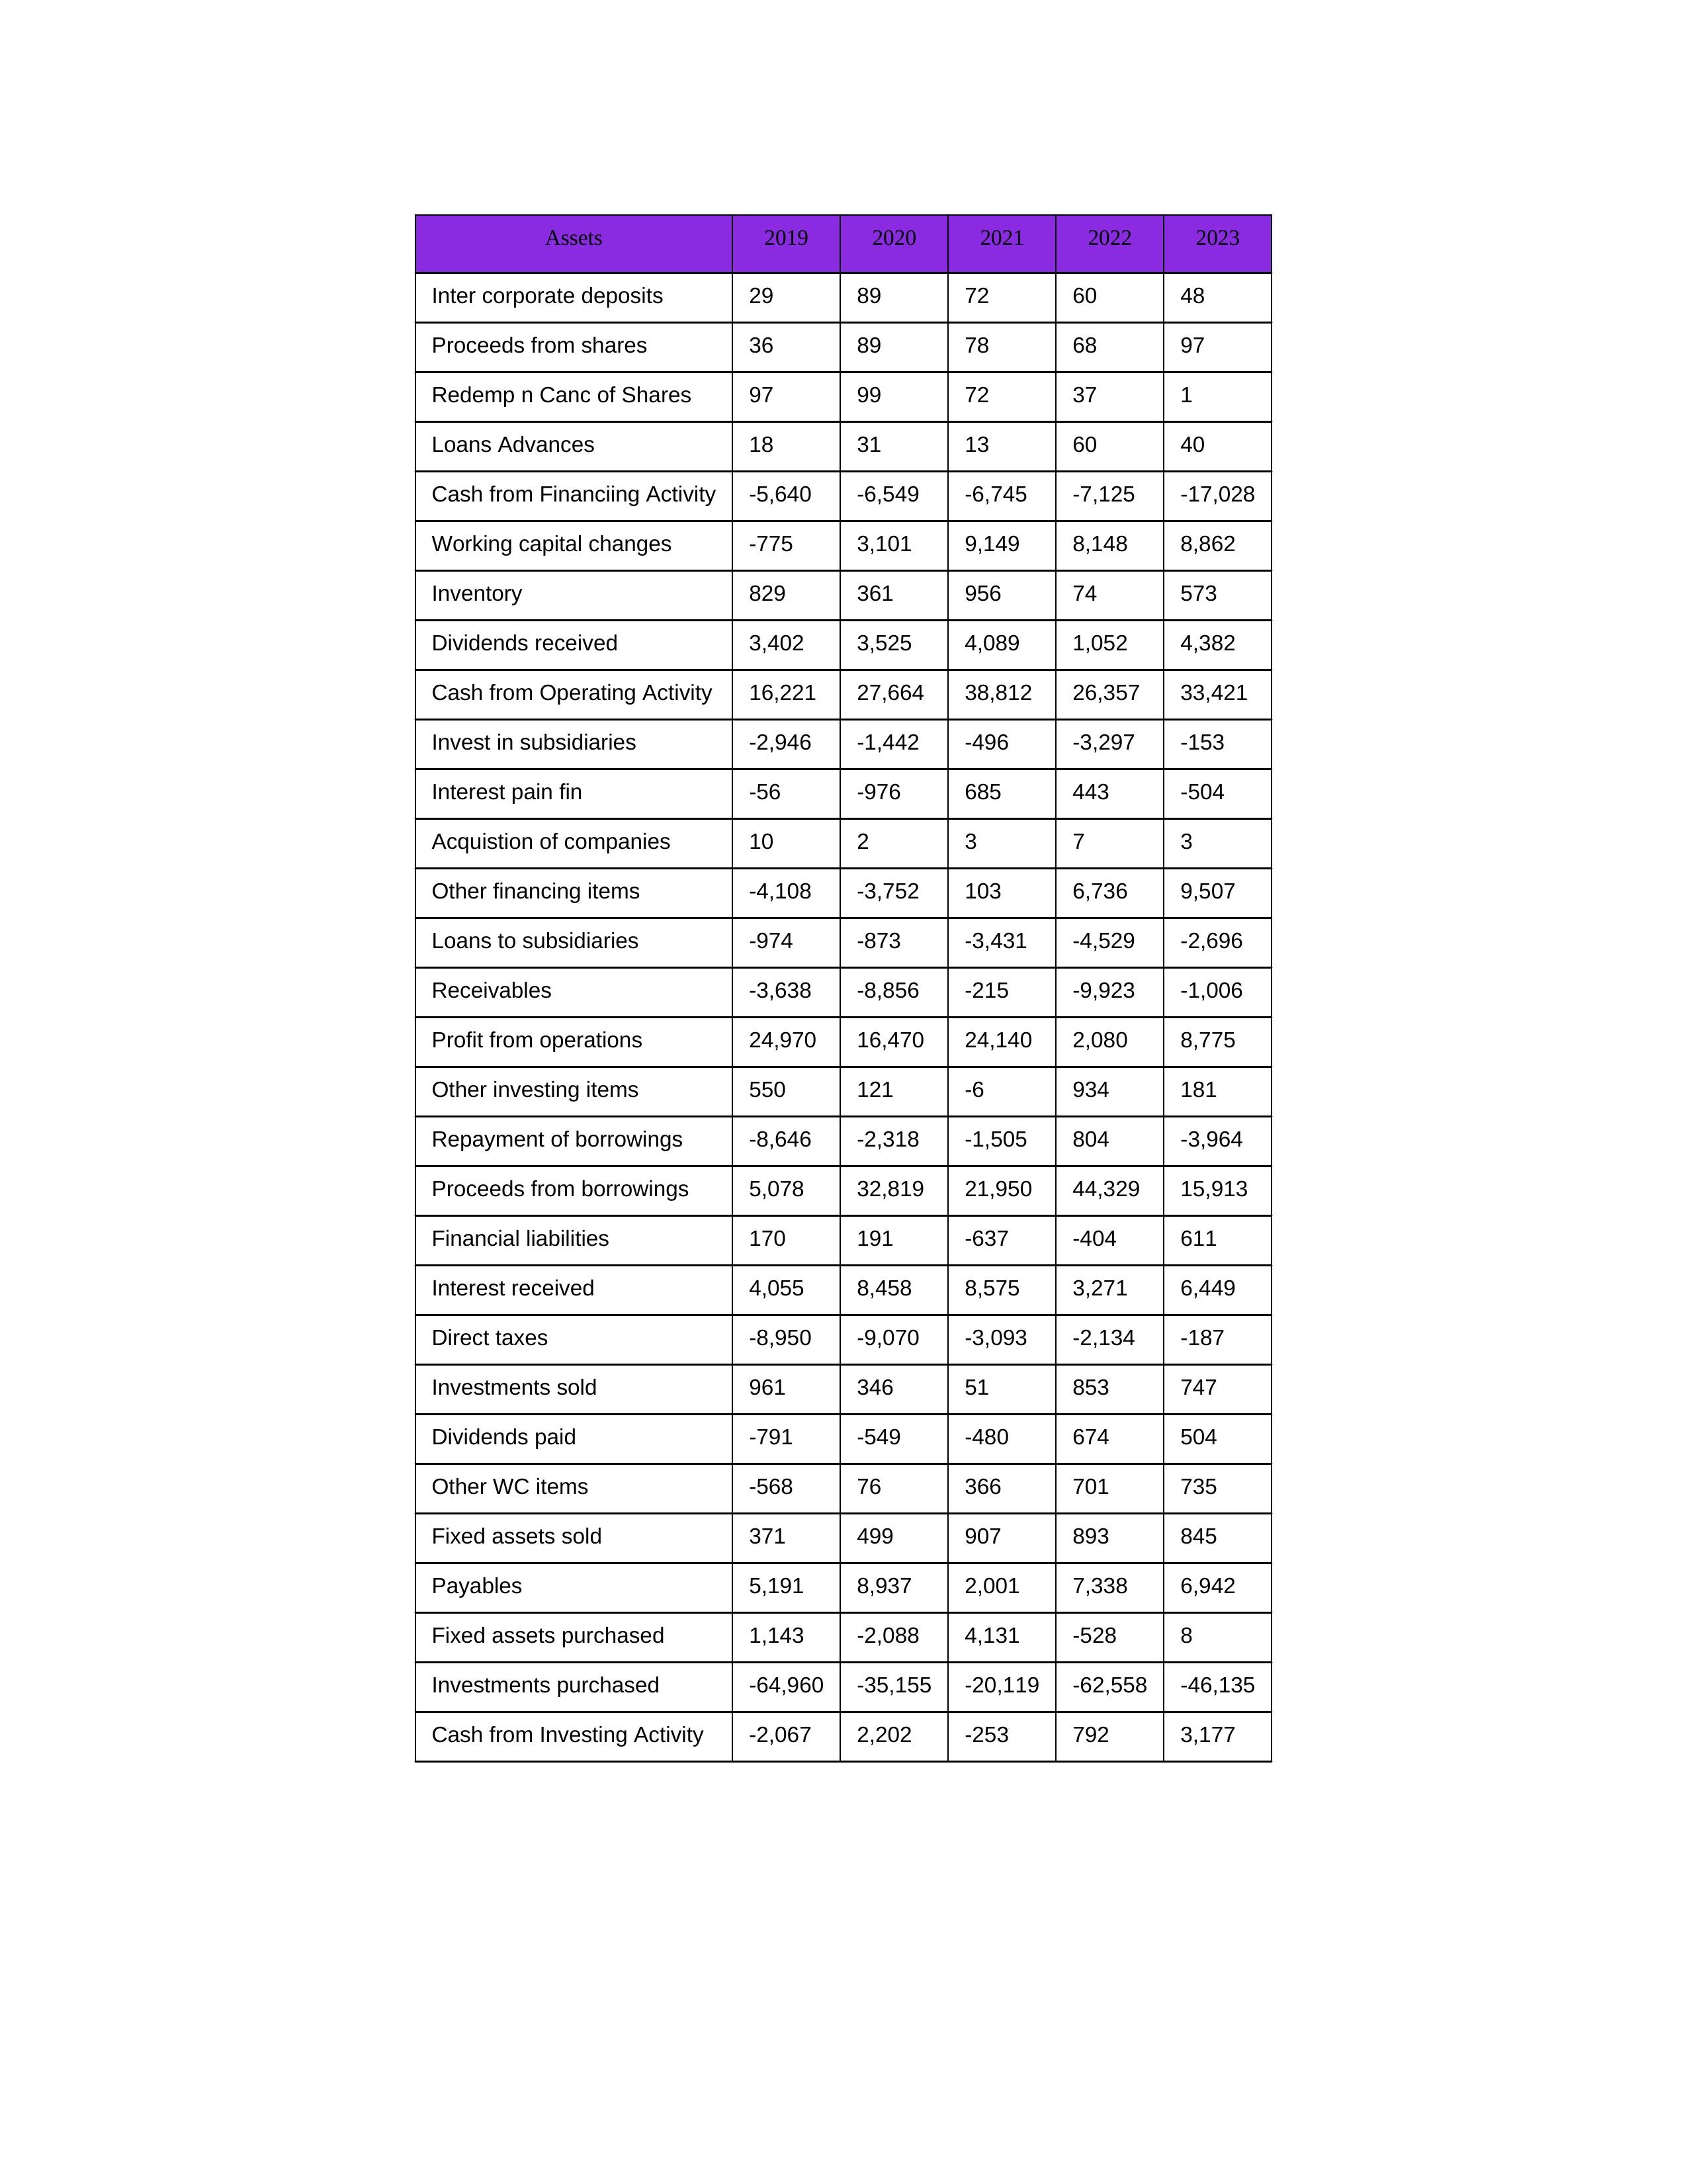
gt_parse: 2019: Cash from Operating Activity: 16,221
Profit from operations: 24,970
Receivables: -3,638
Inventory: 829
Payables: 5,191
Loans Advances: 18
Other WC items: -568
Working capital changes: -775
Direct taxes: -8,950
Cash from Investing Activity: -2,067
Fixed assets purchased: 1,143
Fixed assets sold: 371
Investments purchased: -64,960
Investments sold: 961
Interest received: 4,055
Dividends received: 3,402
Invest in subsidiaries: -2,946
Loans to subsidiaries: -974
Redemp n Canc of Shares: 97
Acquistion of companies: 10
Inter corporate deposits: 29
Other investing items: 550
Cash from Financiing Activity: -5,640
Proceeds from shares: 36
Proceeds from borrowings: 5,078
Repayment of borrowings: -8,646
Interest pain fin: -56
Dividends paid: -791
Financial liabilities: 170
Other financing items: -4,108
2020: Cash from Operating Activity: 27,664
Profit from operations: 16,470
Receivables: -8,856
Inventory: 361
Payables: 8,937
Loans Advances: 31
Other WC items: 76
Working capital changes: 3,101
Direct taxes: -9,070
Cash from Investing Activity: 2,202
Fixed assets purchased: -2,088
Fixed assets sold: 499
Investments purchased: -35,155
Investments sold: 346
Interest received: 8,458
Dividends received: 3,525
Invest in subsidiaries: -1,442
Loans to subsidiaries: -873
Redemp n Canc of Shares: 99
Acquistion of companies: 2
Inter corporate deposits: 89
Other investing items: 121
Cash from Financiing Activity: -6,549
Proceeds from shares: 89
Proceeds from borrowings: 32,819
Repayment of borrowings: -2,318
Interest pain fin: -976
Dividends paid: -549
Financial liabilities: 191
Other financing items: -3,752
2021: Cash from Operating Activity: 38,812
Profit from operations: 24,140
Receivables: -215
Inventory: 956
Payables: 2,001
Loans Advances: 13
Other WC items: 366
Working capital changes: 9,149
Direct taxes: -3,093
Cash from Investing Activity: -253
Fixed assets purchased: 4,131
Fixed assets sold: 907
Investments purchased: -20,119
Investments sold: 51
Interest received: 8,575
Dividends received: 4,089
Invest in subsidiaries: -496
Loans to subsidiaries: -3,431
Redemp n Canc of Shares: 72
Acquistion of companies: 3
Inter corporate deposits: 72
Other investing items: -6
Cash from Financiing Activity: -6,745
Proceeds from shares: 78
Proceeds from borrowings: 21,950
Repayment of borrowings: -1,505
Interest pain fin: 685
Dividends paid: -480
Financial liabilities: -637
Other financing items: 103
2022: Cash from Operating Activity: 26,357
Profit from operations: 2,080
Receivables: -9,923
Inventory: 74
Payables: 7,338
Loans Advances: 60
Other WC items: 701
Working capital changes: 8,148
Direct taxes: -2,134
Cash from Investing Activity: 792
Fixed assets purchased: -528
Fixed assets sold: 893
Investments purchased: -62,558
Investments sold: 853
Interest received: 3,271
Dividends received: 1,052
Invest in subsidiaries: -3,297
Loans to subsidiaries: -4,529
Redemp n Canc of Shares: 37
Acquistion of companies: 7
Inter corporate deposits: 60
Other investing items: 934
Cash from Financiing Activity: -7,125
Proceeds from shares: 68
Proceeds from borrowings: 44,329
Repayment of borrowings: 804
Interest pain fin: 443
Dividends paid: 674
Financial liabilities: -404
Other financing items: 6,736
2023: Cash from Operating Activity: 33,421
Profit from operations: 8,775
Receivables: -1,006
Inventory: 573
Payables: 6,942
Loans Advances: 40
Other WC items: 735
Working capital changes: 8,862
Direct taxes: -187
Cash from Investing Activity: 3,177
Fixed assets purchased: 8
Fixed assets sold: 845
Investments purchased: -46,135
Investments sold: 747
Interest received: 6,449
Dividends received: 4,382
Invest in subsidiaries: -153
Loans to subsidiaries: -2,696
Redemp n Canc of Shares: 1
Acquistion of companies: 3
Inter corporate deposits: 48
Other investing items: 181
Cash from Financiing Activity: -17,028
Proceeds from shares: 97
Proceeds from borrowings: 15,913
Repayment of borrowings: -3,964
Interest pain fin: -504
Dividends paid: 504
Financial liabilities: 611
Other financing items: 9,507